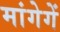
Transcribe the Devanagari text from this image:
मांगेगें